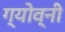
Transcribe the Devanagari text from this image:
ग्योव्नी